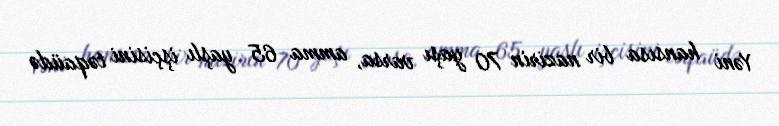
Yəni hansısa bir nazirin 70 yaşı varsa, amma 65 yaşlı işçisini təqaüdə